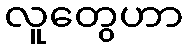
လူတွေဟာ